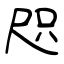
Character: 咫